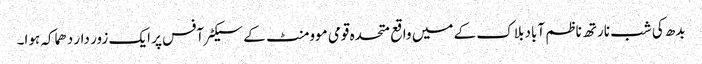
بدھ کی شب نارتھ ناظم آباد بلاک کے میں واقع متحدہ قومی موومنٹ کے سیکٹرآفس پر ایک زور دار دھماکہ ہوا۔